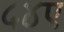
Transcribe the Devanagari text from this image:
५४ए